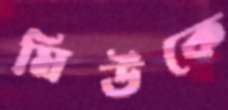
মিউকে